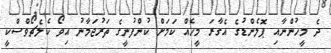
ދެ މީހުންނާއި ޕޮލެންޑުގެ އެގާރަ މީހެއް ކަމަށް ކުންފުނީގެ ތަރުޖަމާނު އިވޯ ކެލެޗޯވްސްކީ